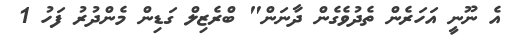
އެ ނޫނީ އަހަރެން ތެދުވެގެން ދާނަން" ބްރެޒިލް ގަޑިން މެންދުރު ފަހު 1